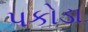
પકોડા